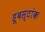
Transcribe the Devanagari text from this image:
हूबस्टांक